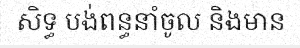
សិទ្ធ បង់ពន្ធនាំចូល និងមាន